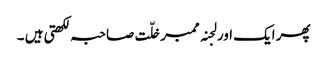
پھر ایک اور لجنہ ممبر خلّت صاحبہ لکھتی ہیں ۔